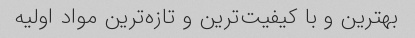
بهترین و با کیفیت‌ترین و تازه‌ترین مواد اولیه